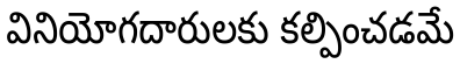
వినియోగదారులకు కల్పించడమే